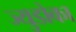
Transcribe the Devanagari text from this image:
ज्युडोका